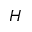
H